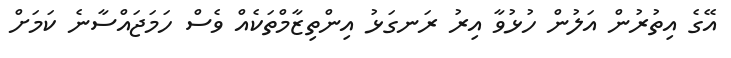
އޭގެ އިތުރުން އަލުން ހުޅުވާ އިރު ރަނގަޅު އިންތިޒާމްތަކެއް ވެސް ހަމަޖައްސާނެ ކަމަށް